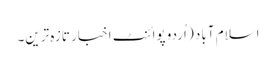
اسلام آباد ( اُردو پوائنٹ اخبار تازہ ترین۔